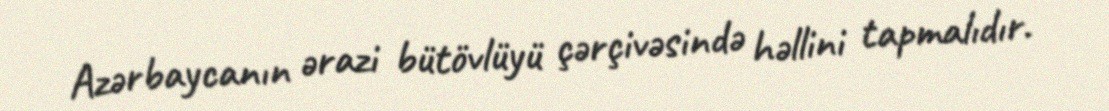
Azərbaycanın ərazi bütövlüyü çərçivəsində həllini tapmalıdır.